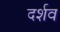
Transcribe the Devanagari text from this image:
दर्शव